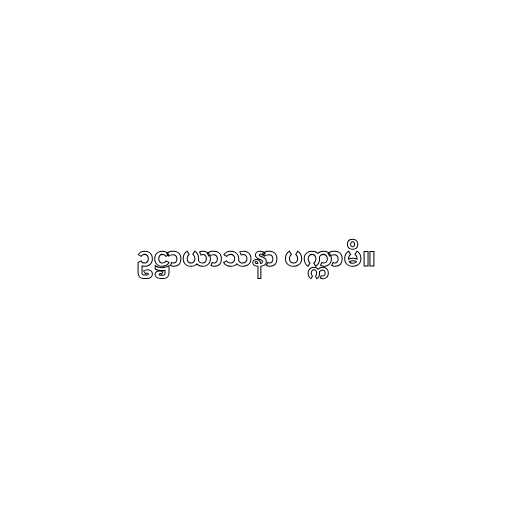
ဥဋ္ဌာယာသနာ ပက္ကာမိ။